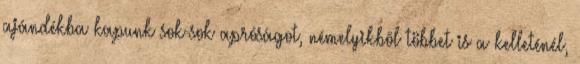
ajándékba kapunk sok-sok apróságot, némelyikbõl többet is a kelleténél,